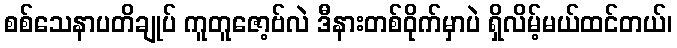
စစ်သေနာပတိချုပ် ကူတူဇော့ဗ်လဲ ဒီနားတစ်ဝိုက်မှာပဲ ရှိလိမ့်မယ်ထင်တယ်၊